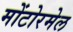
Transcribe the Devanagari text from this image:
मोंटोरमेल